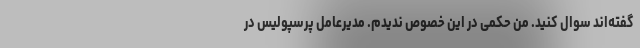
گفته‌اند سوال کنید. من حکمی در این خصوص ندیدم. مدیرعامل پرسپولیس در